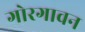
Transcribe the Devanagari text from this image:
गोरगावन